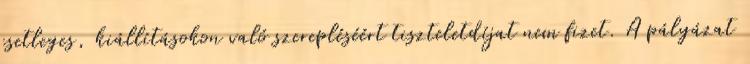
esetleges, kiállításokon való szerepléséért tiszteletdíjat nem fizet. A pályázat